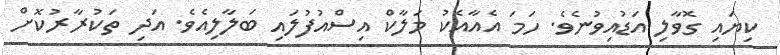
ކިޔައި ގޮވާލި އަޑުއިވުނެވެ. ހަމަ އެއާއެކު މަލާކް އިސްއުފުލައި ބަލާލިއެވެ. އަދި ތަކުރާރުކޮށް